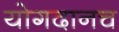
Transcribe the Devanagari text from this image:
योगदानच